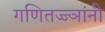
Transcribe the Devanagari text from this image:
गणितज्ज्ञांनी